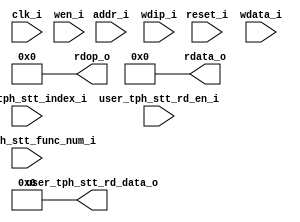
//-----------------------------------------------------------------------------
//
// (c) Copyright 2012-2012 Xilinx, Inc. All rights reserved.
//
// This file contains confidential and proprietary information
// of Xilinx, Inc. and is protected under U.S. and
// international copyright and other intellectual property
// laws.
//
// DISCLAIMER
// This disclaimer is not a license and does not grant any
// rights to the materials distributed herewith. Except as
// otherwise provided in a valid license issued to you by
// Xilinx, and to the maximum extent permitted by applicable
// law: (1) THESE MATERIALS ARE MADE AVAILABLE "AS IS" AND
// WITH ALL FAULTS, AND XILINX HEREBY DISCLAIMS ALL WARRANTIES
// AND CONDITIONS, EXPRESS, IMPLIED, OR STATUTORY, INCLUDING
// BUT NOT LIMITED TO WARRANTIES OF MERCHANTABILITY, NON-
// INFRINGEMENT, OR FITNESS FOR ANY PARTICULAR PURPOSE; and
// (2) Xilinx shall not be liable (whether in contract or tort,
// including negligence, or under any other theory of
// liability) for any loss or damage of any kind or nature
// related to, arising under or in connection with these
// materials, including for any direct, or any indirect,
// special, incidental, or consequential loss or damage
// (including loss of data, profits, goodwill, or any type of
// loss or damage suffered as a result of any action brought
// by a third party) even if such damage or loss was
// reasonably foreseeable or Xilinx had been advised of the
// possibility of the same.
//
// CRITICAL APPLICATIONS
// Xilinx products are not designed or intended to be fail-
// safe, or for use in any application requiring fail-safe
// performance, such as life-support or safety devices or
// systems, Class III medical devices, nuclear facilities,
// applications related to the deployment of airbags, or any
// other applications that could lead to death, personal
// injury, or severe property or environmental damage
// (individually and collectively, "Critical
// Applications"). Customer assumes the sole risk and
// liability of any use of Xilinx products in Critical
// Applications, subject only to applicable laws and
// regulations governing limitations on product liability.
//
// THIS COPYRIGHT NOTICE AND DISCLAIMER MUST BE RETAINED AS
// PART OF THIS FILE AT ALL TIMES.
//
//-----------------------------------------------------------------------------
//
// Project    : UltraScale+ FPGA PCI Express v4.0 Integrated Block
// Version    : 1.3 
//-----------------------------------------------------------------------------
//--------------------------------------------------------------------------------------------------
`timescale 1ps/1ps

(* DowngradeIPIdentifiedWarnings = "yes" *)
module pcie4_uscale_plus_0_bram_tph #(
  parameter           TCQ = 100
, parameter           TO_RAM_PIPELINE="FALSE"
, parameter           FROM_RAM_PIPELINE="FALSE"
, parameter [1:0]     TL_PF_ENABLE_REG=2'h0
, parameter [3:0]     SRIOV_CAP_ENABLE=4'h0
, parameter [15:0]    PF0_SRIOV_CAP_TOTAL_VF=16'h0
, parameter [15:0]    PF1_SRIOV_CAP_TOTAL_VF=16'h0
, parameter [15:0]    PF2_SRIOV_CAP_TOTAL_VF=16'h0
, parameter [15:0]    PF3_SRIOV_CAP_TOTAL_VF=16'h0
, parameter           PF0_TPHR_CAP_ENABLE="FALSE"

  ) (

  input  wire         clk_i,
  input  wire         reset_i,

  input  wire   [7:0] user_tph_stt_func_num_i,     // 0-255
  input  wire   [5:0] user_tph_stt_index_i,        // 0-63
  input  wire         user_tph_stt_rd_en_i,
  output wire   [7:0] user_tph_stt_rd_data_o,

  input  wire  [11:0] addr_i,
  input  wire  [31:0] wdata_i,
  input  wire   [3:0] wdip_i,
  input  wire   [3:0] wen_i,
  output wire  [31:0] rdata_o,
  output wire   [3:0] rdop_o

  );
  localparam integer NUM_VFUNCTIONS = (SRIOV_CAP_ENABLE == 4'h0) ? 0 : 
                              (SRIOV_CAP_ENABLE == 4'h1) ? PF0_SRIOV_CAP_TOTAL_VF : 
                              (SRIOV_CAP_ENABLE == 4'h3) ? (PF0_SRIOV_CAP_TOTAL_VF + PF1_SRIOV_CAP_TOTAL_VF) : 
                              (SRIOV_CAP_ENABLE == 4'h7) ? (PF0_SRIOV_CAP_TOTAL_VF + PF1_SRIOV_CAP_TOTAL_VF + PF2_SRIOV_CAP_TOTAL_VF) : 
                              (PF0_SRIOV_CAP_TOTAL_VF + PF1_SRIOV_CAP_TOTAL_VF + PF2_SRIOV_CAP_TOTAL_VF + PF3_SRIOV_CAP_TOTAL_VF);

  localparam integer NUM_FUNCTIONS = (TL_PF_ENABLE_REG == 2'h0) ? (NUM_VFUNCTIONS + 1) :
                             (TL_PF_ENABLE_REG == 2'h1) ? (NUM_VFUNCTIONS + 2) :
                             (TL_PF_ENABLE_REG == 2'h2) ? (NUM_VFUNCTIONS + 3) : (NUM_VFUNCTIONS + 4);

  localparam integer NUM_BRAM_4K = (PF0_TPHR_CAP_ENABLE == "TRUE") ?  
                                   ((NUM_FUNCTIONS  <= 64) ? 1 : 
                                   ((NUM_FUNCTIONS  > 64) && (NUM_FUNCTIONS  <= 128)) ? 2 : 
                                   ((NUM_FUNCTIONS  > 128) && (NUM_FUNCTIONS  <= 192)) ? 3 : 4) : 4;
 

  reg          [11:0] addr;
  reg          [11:0] addr_p0;
  reg          [11:0] addr_p1;
  reg          [31:0] wdata;
  reg           [3:0] wdip;
  reg           [3:0] wen;
  reg          [31:0] reg_rdata;
  reg           [3:0] reg_rdop;
  wire         [31:0] rdata;
  wire          [3:0] rdop;
  genvar              i;
  wire         [13:0] baddr; 
  reg          [13:0] baddr_p0; 
  reg          [13:0] baddr_p1; 
  reg          [31:0] brdata_w;
  wire   [(4*32)-1:0] rdata_t;
  wire    [(4*4)-1:0] rdop_t;
  wire   [(4*32)-1:0] brdata;
  wire    [(4*4)-1:0] bram_4k_wen;

  generate

    if (PF0_TPHR_CAP_ENABLE == "TRUE") begin : TPHR_CAP_PRESENT

      //
      // Optional input pipe stages
      //

      if (TO_RAM_PIPELINE == "TRUE") begin : TORAMPIPELINE

        always @(posedge clk_i) begin
     
          if (reset_i) begin

            addr <= #(TCQ) 12'b0;
            wdata <= #(TCQ) 32'b0;
            wdip <= #(TCQ) 4'b0;
            wen <= #(TCQ) 4'b0;
    
          end else begin
    
            addr <= #(TCQ) addr_i;
            wdata <= #(TCQ) wdata_i;
            wdip <= #(TCQ) wdip_i;
            wen <= #(TCQ) wen_i;
    
          end

        end

      end else begin : NOTORAMPIPELINE

        always @(*) begin

          addr = addr_i;
          wdata = wdata_i;
          wdip = wdip_i;
          wen = wen_i;
    
      end

    end


    // 
    // Address pipeline
    //

    always @(posedge clk_i) begin
     
      if (reset_i) begin

        addr_p0 <= #(TCQ) 12'b0;
        addr_p1 <= #(TCQ) 12'b0;
        baddr_p0 <= #(TCQ) 2'b0;
        baddr_p1 <= #(TCQ) 2'b0;
    
      end else begin
    
        addr_p0 <= #(TCQ) addr;
        addr_p1 <= #(TCQ) addr_p0;
        baddr_p0 <= #(TCQ) baddr;
        baddr_p1 <= #(TCQ) baddr_p0;
    
      end
    
    end

    //
    // Optional output pipe stages
    //

    if (FROM_RAM_PIPELINE == "TRUE") begin : FRMRAMPIPELINE
    
    
      always @(posedge clk_i) begin
         
        if (reset_i) begin
    
          reg_rdata <= #(TCQ) 32'b0;
          reg_rdop <= #(TCQ) 4'b0;
    
         end else begin
    
           case (addr_p1[11:10]) 
             2'b00 : begin
               reg_rdata <= #(TCQ) rdata_t[(32*(0))+31:(32*(0))+0];
               reg_rdop <= #(TCQ) rdop_t[(4*(0))+3:(4*(0))+0];
             end
             2'b01 : begin
               reg_rdata <= #(TCQ) rdata_t[(32*(1))+31:(32*(1))+0];
               reg_rdop <= #(TCQ) rdop_t[(4*(1))+3:(4*(1))+0];
             end
             2'b10 : begin
               reg_rdata <= #(TCQ) rdata_t[(32*(2))+31:(32*(2))+0];
               reg_rdop <= #(TCQ) rdop_t[(4*(2))+3:(4*(2))+0];
             end
             2'b11 : begin
               reg_rdata <= #(TCQ) rdata_t[(32*(3))+31:(32*(3))+0];
               reg_rdop <= #(TCQ) rdop_t[(4*(3))+3:(4*(3))+0];
             end
           endcase
    
          end

        end // always

      end else begin : NOFRMRAMPIPELINE
    
        always @(*) begin

          case (addr_p1[11:10]) 
            2'b00 : begin
              reg_rdata <= #(TCQ) rdata_t[(32*(0))+31:(32*(0))+0];
              reg_rdop <= #(TCQ) rdop_t[(4*(0))+3:(4*(0))+0];
            end
            2'b01 : begin
              reg_rdata <= #(TCQ) rdata_t[(32*(1))+31:(32*(1))+0];
              reg_rdop <= #(TCQ) rdop_t[(4*(1))+3:(4*(1))+0];
            end
            2'b10 : begin
              reg_rdata <= #(TCQ) rdata_t[(32*(2))+31:(32*(2))+0];
              reg_rdop <= #(TCQ) rdop_t[(4*(2))+3:(4*(2))+0];
            end
            2'b11 : begin
              reg_rdata <= #(TCQ) rdata_t[(32*(3))+31:(32*(3))+0];
              reg_rdop <= #(TCQ) rdop_t[(4*(3))+3:(4*(3))+0];
            end
          endcase
    
        end // always

      end // (FROM_RAM_PIPELINE == "TRUE") begin : FRMRAMPIPELINE
  
      assign rdata_o = reg_rdata;
      assign rdop_o = reg_rdop;
      assign baddr = {user_tph_stt_func_num_i[7:0], user_tph_stt_index_i[5:0]};

      always @ (*) begin
    
        if (baddr_p1[13:12] == 2'b00)
          brdata_w = brdata[(32*(0))+31:(32*(0))+0];
        else if (baddr_p1[13:12] == 2'b01)
          brdata_w = brdata[(32*(1))+31:(32*(1))+0];
        else if (baddr_p1[13:12] == 2'b10)
          brdata_w = brdata[(32*(2))+31:(32*(2))+0];
        else
          brdata_w = brdata[(32*(3))+31:(32*(3))+0];
    
      end
    
      assign user_tph_stt_rd_data_o = (baddr_p1[1:0] == 2'b00) ? brdata_w[7:0] : 
                                      (baddr_p1[1:0] == 2'b01) ? brdata_w[15:8] :  
                                      (baddr_p1[1:0] == 2'b10) ? brdata_w[23:16] : brdata_w[31:24];
    
      //
      // BRAM instances
      //

      for (i=0; i<4; i=i+1) begin : BRAM4K

      pcie4_uscale_plus_0_bram_4k_int #(

          .TCQ(TCQ)

        )
        bram_4k_int (
        
          .clk_i (clk_i),
          .reset_i (reset_i),
          .addr_i(addr[9:0]),
          .wdata_i(wdata),
          .wdip_i(wdip),
          .wen_i(bram_4k_wen[(4*i)+3:(4*i)+0]),
          .rdata_o(rdata_t[(32*i)+31:(32*i)+0]),
          .rdop_o(rdop_t[(4*i)+3:(4*i)+0]),
          .baddr_i(baddr[11:2]),
          .brdata_o(brdata[(32*i)+31:(32*i)+0])

        );
        assign bram_4k_wen[(4*i)+3:(4*i)+0] = (i == addr[11:10]) ? wen : 4'h0;
      
      end

    end else begin : TPHR_CAP_NOT_PRESENT 

      assign rdata_o = 32'h0;
      assign rdop_o = 4'h0;
      assign user_tph_stt_rd_data_o = 8'h0;

    end // (PF0_TPHR_CAP_ENABLE == "TRUE") begin : TPHR_CAP_PRESENT

  endgenerate

endmodule